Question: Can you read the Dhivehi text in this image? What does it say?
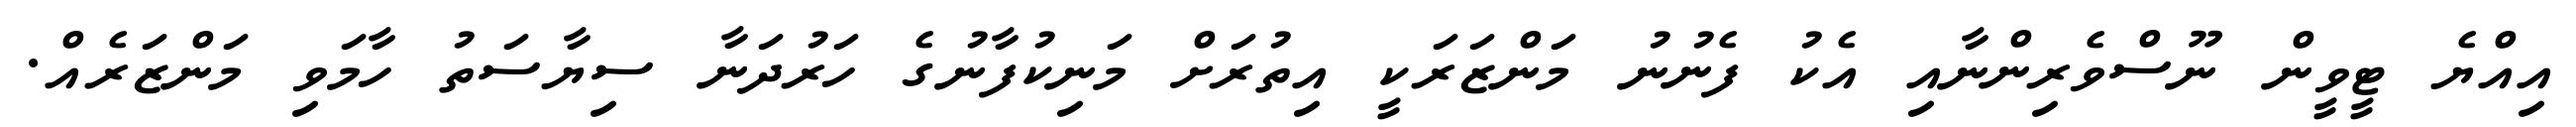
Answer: އިއްޔެ ޓީވީން ނޫސްވެރިންނާއި އެކު ފެނުނު މަންޒަރަކީ އިތުރަށް މަނިކުފާނުގެ ހަރުދަނާ ސިޔާސަތު ހާމަވި މަންޒަރެއް.